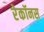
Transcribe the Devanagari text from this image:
रेकॉनस